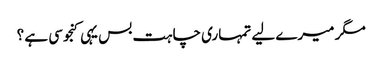
مگر میرے لیے تمہاری چاہت بس یہی کنجوسی ہے ؟